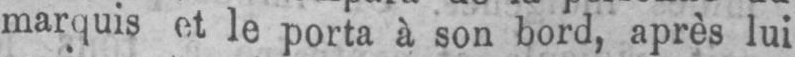
marquis et le porta à son bord, après lui